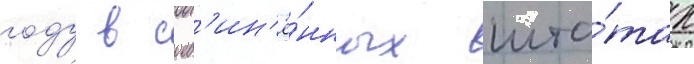
году в соед'ин'ё́нных шта́тах